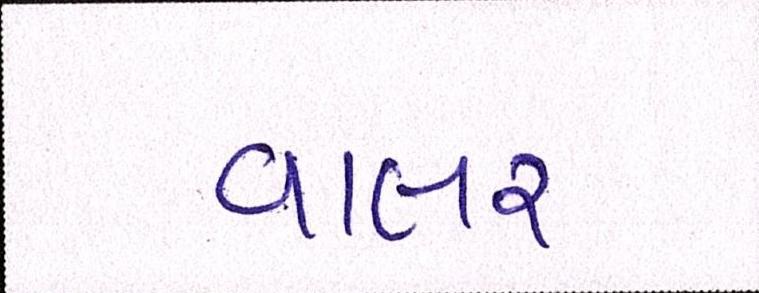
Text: વાલર